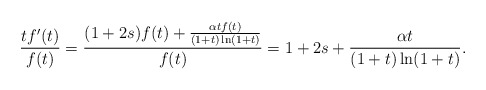
\begin{align*}\frac{tf'(t)}{f(t)}=\frac{(1+2s)f(t)+\frac{\alpha t f(t)}{(1+t)\ln(1+t)}}{f(t)}=1+2s+\frac{\alpha t}{(1+t)\ln(1+t)}.\end{align*}